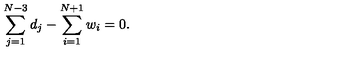
\sum _ { j = 1 } ^ { N - 3 } d _ { j } - \sum _ { i = 1 } ^ { N + 1 } w _ { i } = 0 .